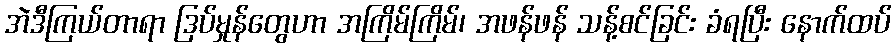
အဲဒီကြယ်တာရာ ဒြပ်မှုန်တွေဟာ အကြိမ်ကြိမ်၊ အဖန်ဖန် သန့်စင်ခြင်း ခံရပြီး နောက်ထပ်